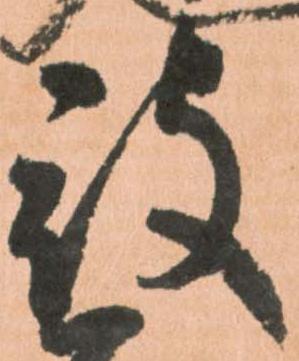
被